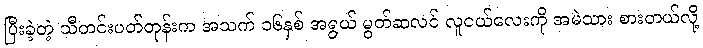
ပြီးခဲ့တဲ့ သီတင်းပတ်တုန်းက အသက် ၁၆နှစ် အရွယ် မွတ်ဆလင် လူငယ်လေးကို အမဲသား စားတယ်လို့